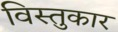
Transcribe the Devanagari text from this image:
विस्तुकार